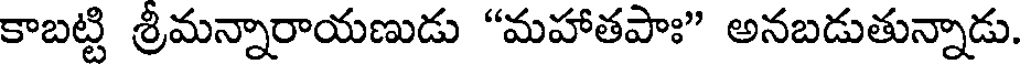
కాబట్టి శ్రీమన్నారాయణుడు "మహాతపాః" అనబడుతున్నాడు.